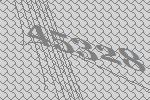
45328